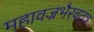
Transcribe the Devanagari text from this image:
महावज्रभैरवतंत्र